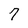
Character: 7